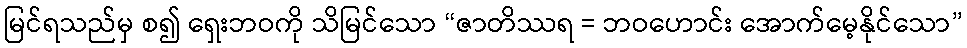
မြင်ရသည်မှ စ၍ ရှေးဘဝကို သိမြင်သော “ဇာတိဿရ = ဘဝဟောင်း အောက်မေ့နိုင်သော”